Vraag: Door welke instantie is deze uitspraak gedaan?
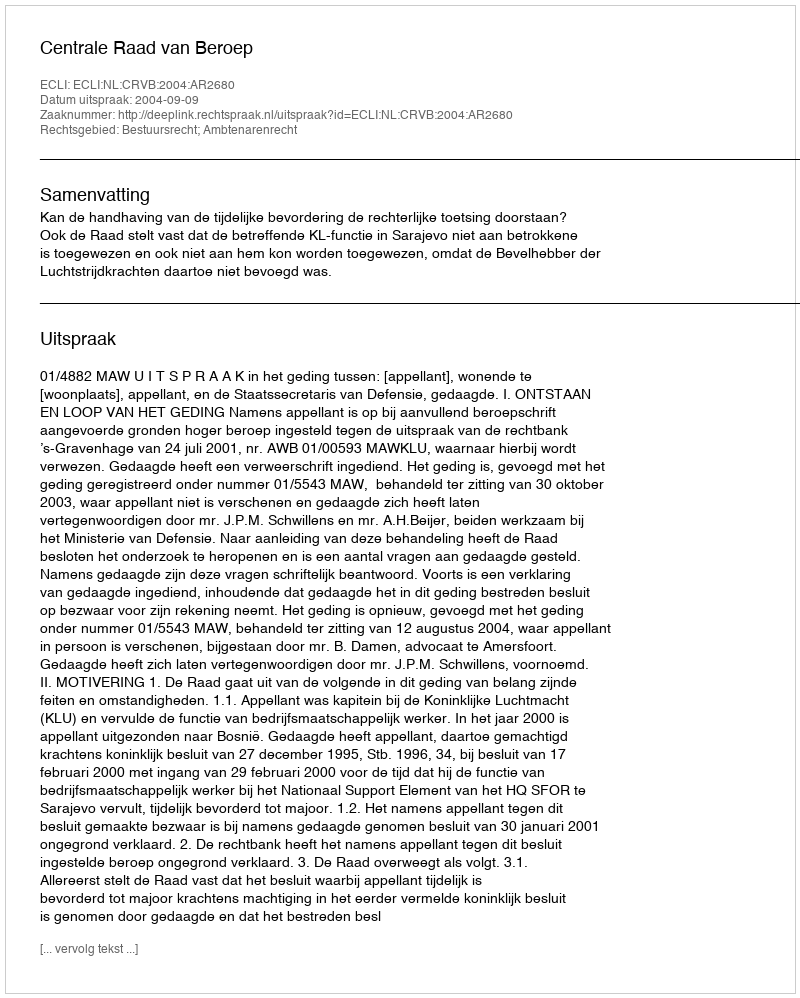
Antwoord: Centrale Raad van Beroep